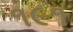
૧૯૧